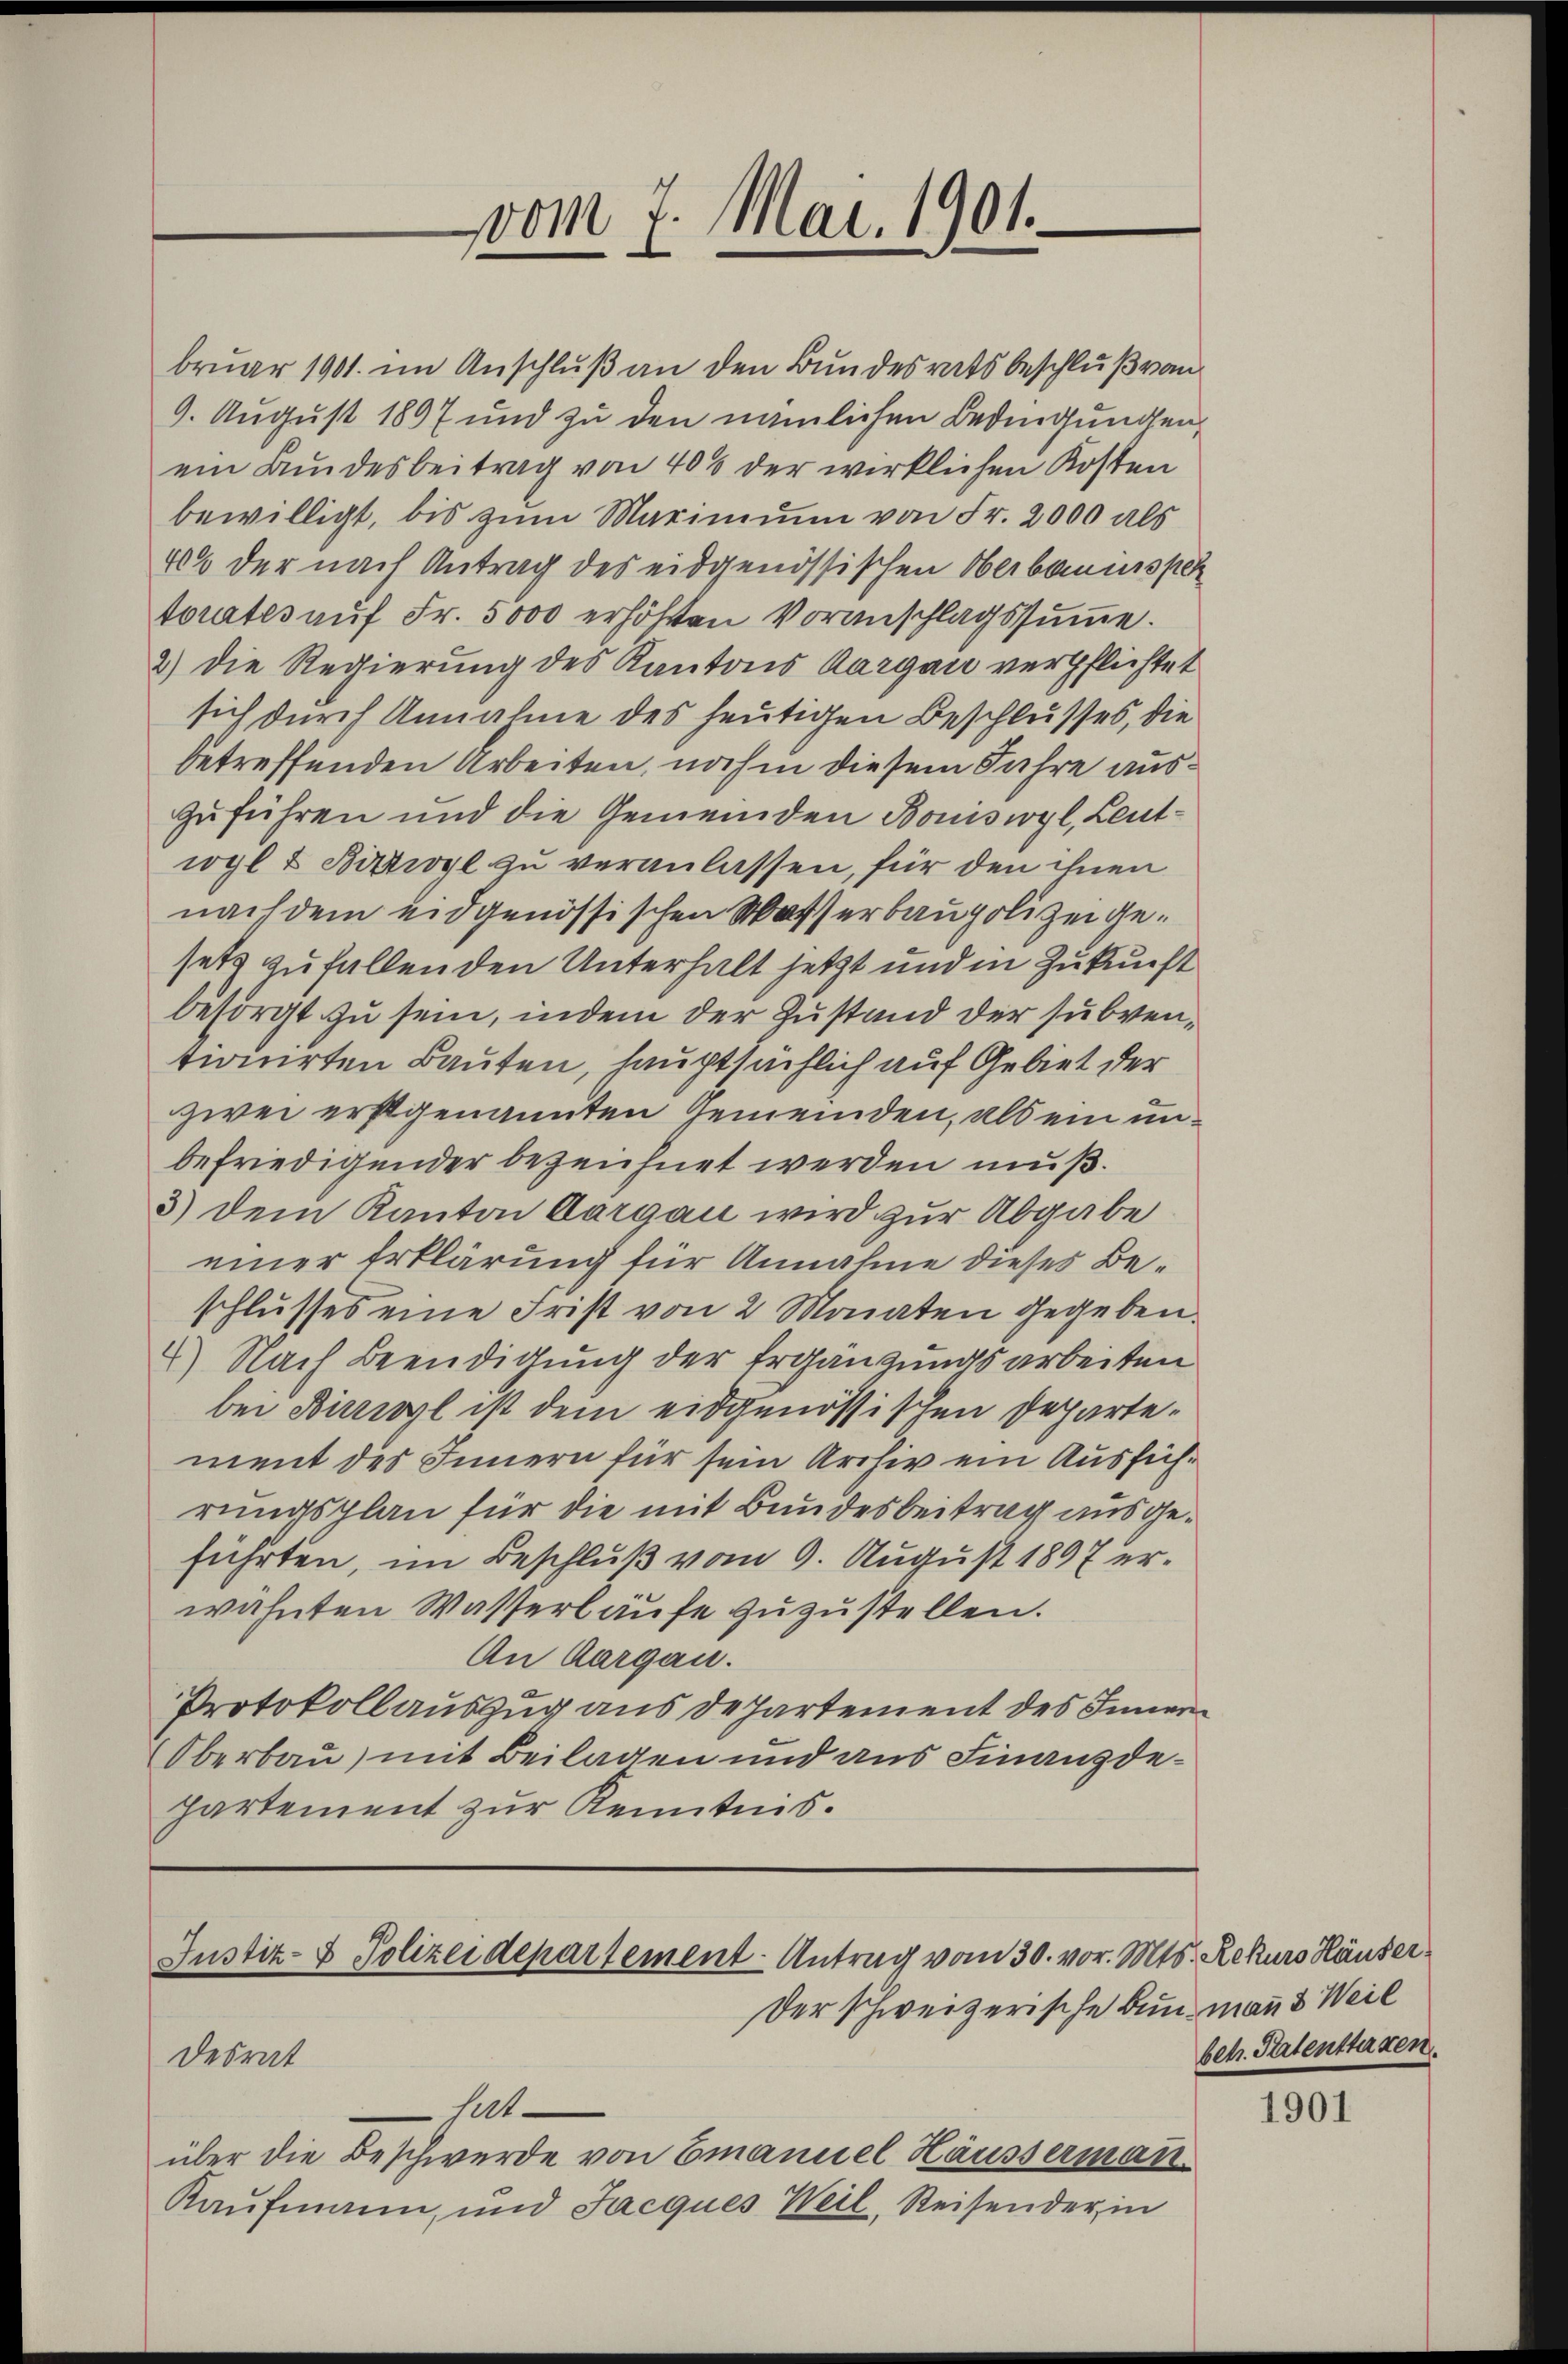
vom 7. Mai. 1901.

bruar 1901. im Anschluß an den Bundesrats beschluß vom
9. August 1897 und zu den nämlichen Bedingungen,
ein Bundesbeitrag von 406 der wirklichen Kosten
bewilligt, bis zum Marinum von Fr. 2000 als
40% der nach Antrag des eidgenössischen Oberbauinsper
torates aŭf Fr. 5000 erhöhten Voranschlagssumme.
2.) Die Regierung des Kantons Aargau verpflichtet
sich durch Annahme des heutigen Beschlusses, die
betreffenden Arbeiten, noch in diesem Jahre auszuführen und die Gemeinden Boniswyl, Leutwyl & Bistwyl zu veranlassen, für den ihnen
nach dem eidgenössischen Wasserbaupolizei gesetz zufallen den Unterhalt jetzt und in Zukunft
besorgt zu sein, indem der Zustand der subventionirten Bauten, hauptsächlich auf Gebiet der
zwei erstgenannten Gemeinden, als ein unbefriedigender bezeichnet werden muß.
3.) Dein Kanton Aargau wird zur Abgabe
einer Erklärung für Annahme dieses Beschlusses eine Frist von 2 Monaten gegeben.
4) Nach Beendigung der Ergänzungsarbeiten
bei Birrwyl ist dem eidgenössischen Departement des Innern für sein Archiv ein Ausführungsplan für die mit Bundesbeitrag ausgeführten, im Beschluß vom 9. August 1897 erwähnten Wasserläufe zuzustellen.
An Aargau.
Protokollauszug aus departement des Inner
Oberbau) mit Beilagen und aus Finanzdepartement zur Kenntnis.

Justiz- & Polizeidepartement - Antrag vom 30. vor. Mts. Rekurs Häuser¬
Der schweizerische Bund man 3 Weil
desrat

hat
über die Beschwerde von Emanuel Häussermatt.
Kaufmann, und Jacques Weil, Reisender in

betr. Patenttaren.

1901